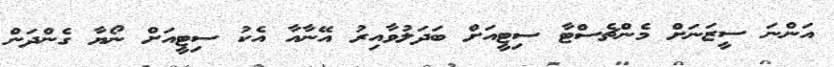
އަންނަ ސީޒަނަށް މެންޗެސްޓާ ސިޓީއަށް ބަދަލުވާއިރު އޭނާއާ އެކު ސިޓީއަށް ނޯޔާ ގެންދަން